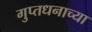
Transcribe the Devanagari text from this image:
गुप्तधनाच्या